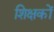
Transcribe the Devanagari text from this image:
शिक्षकों